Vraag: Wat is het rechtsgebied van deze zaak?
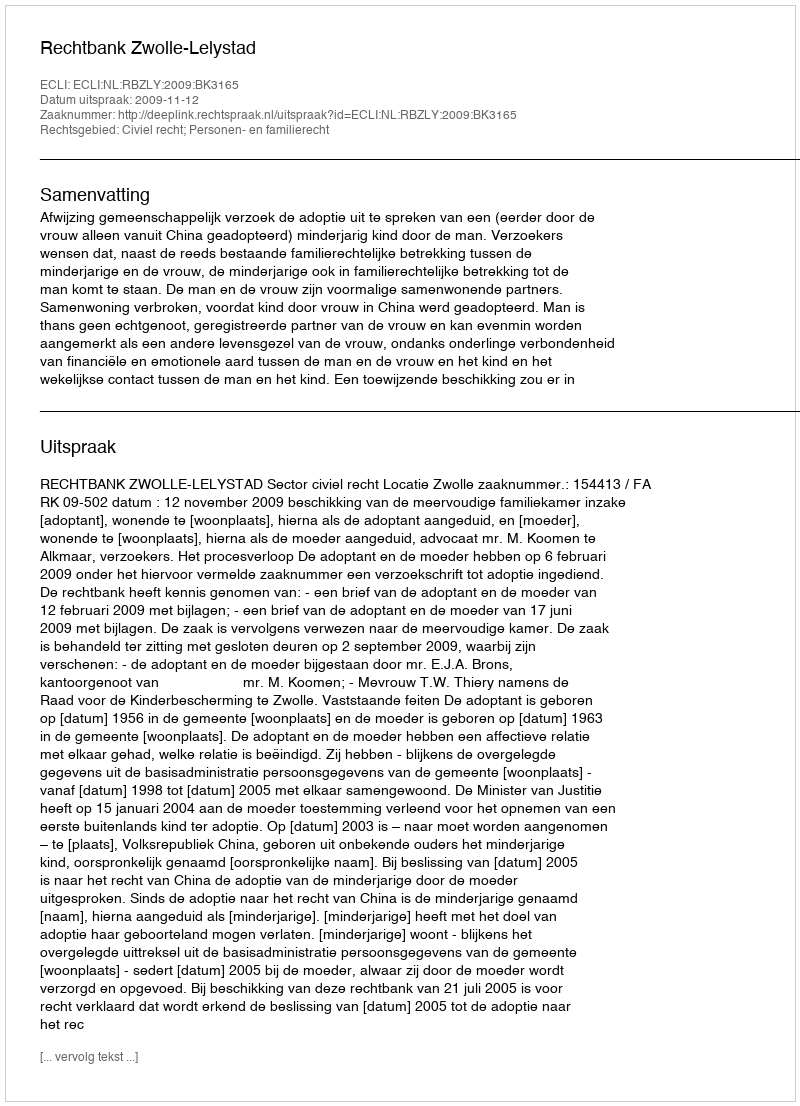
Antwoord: Civiel recht; Personen- en familierecht